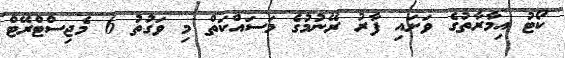
ކޯޓު އިމާރާތުގެ ވަށައި ފާރު ރޭނުމުގެ މަސައްކަތް މި ވަގުތު 6 މެޖިސްޓްރޭޓް